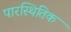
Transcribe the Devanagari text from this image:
पारस्थितिक